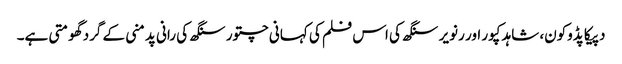
دپیکا پڈوکون، شاہد کپور اور رنویر سنگھ کی اس فلم کی کہانی چتور سنگھ کی رانی پدمنی کے گرد گھومتی ہے۔